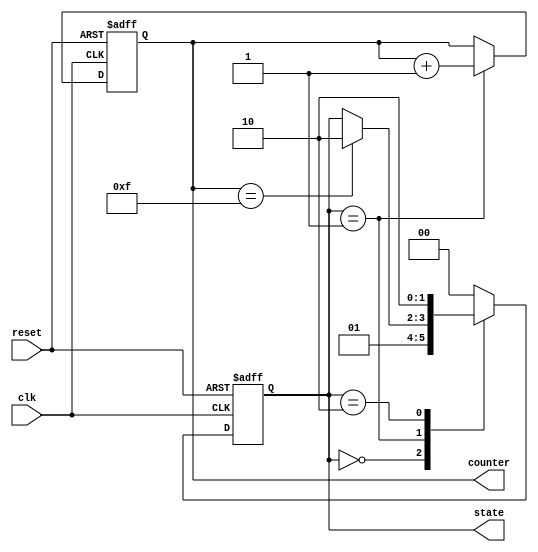
module initialization_example (
    input wire clk,
    input wire reset,
    output reg [3:0] counter,
    output reg [1:0] state
);

// State encoding
parameter IDLE = 2'b00;
parameter RUNNING = 2'b01;
parameter DONE = 2'b10;

// Initialization Block
initial begin
    // Initialize counter to zero
    counter = 4'b0000;

    // Initialize state to IDLE
    state = IDLE;
end

// Sequential logic for counter and state machine
always @(posedge clk or posedge reset) begin
    if (reset) begin
        // Reset behavior
        counter <= 4'b0000;
        state <= IDLE;
    end else begin
        // Example state machine behavior
        case (state)
            IDLE: begin
                // Transition to RUNNING state
                state <= RUNNING;
            end
            RUNNING: begin
                // Increment counter and check for condition to transition to DONE
                counter <= counter + 1;
                if (counter == 4'b1111) begin
                    state <= DONE;
                end
            end
            DONE: begin
                // Stay in DONE state
                state <= DONE;
            end
            default: begin
                state <= IDLE; // Default to IDLE for safety
            end
        endcase
    end
end

endmodule